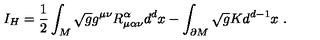
I _ { H } = \frac { 1 } { 2 } \int _ { M } \sqrt { g } g ^ { \mu \nu } R _ { \mu \alpha \nu } ^ { \alpha } d ^ { d } x - \int _ { \partial M } \sqrt { g } K d ^ { d - 1 } x \ .